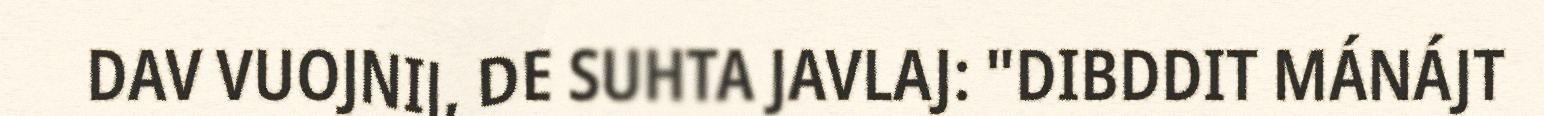
DAV VUOJNIJ, DE SUHTA JAVLAJ: "DIBDDIT MÁNÁJT